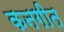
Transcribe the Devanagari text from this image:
कनगीत